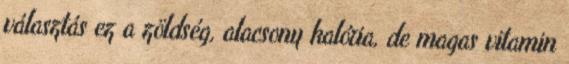
választás ez a zöldség, alacsony kalória, de magas vitamin